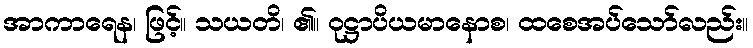
အာကာရေန၊ ဖြင့်။ သယတိ၊ ၏။ ဝုဋ္ဌာပိယမာနောစ၊ ထစေအပ်သော်လည်း။